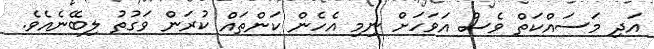
އަދި މަސައްކަތް ވެސް އަވަހަށް ނިމި އެހެން ކަންތައް ކުރަން ވަގުތު ލިބޭނެއެވެ.